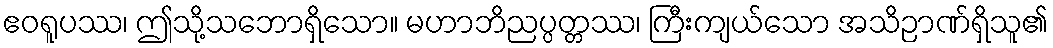
ဧဝရူပဿ၊ ဤသို့သဘောရှိသော။ မဟာဘိညပ္ပတ္တဿ၊ ကြီးကျယ်သော အသိဉာဏ်ရှိသူ၏